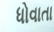
ધોવાતા